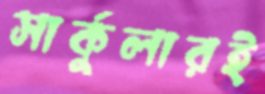
সার্কুলারই